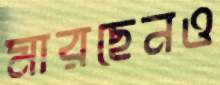
মারছেনও